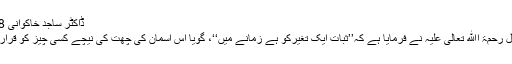
ڈاکٹر ساجد خاکوانی 07/01/2018
علامہ محمداقبال رحمۃ اﷲ تعالی علیہ نے فرمایا ہے کہ’’ثبات ایک تغیرکو ہے زمانے میں‘‘، گویا اس آسمان کی چھت کی نیچے کسی چیز کو قرارواستحکام نہیں۔